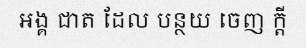
អង្គ ជាត ដែល បន្ថយ ចេញ ក្តី